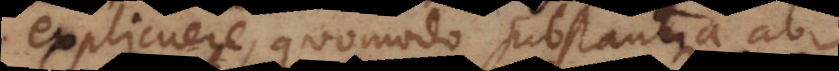
explicuere, quomodo substantia ab